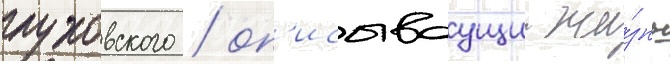
глуховского / оп'исываущии жи́знь